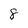
Character: 8